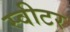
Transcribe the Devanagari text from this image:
स्वीटर